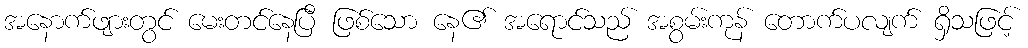
အနောက်ဖျားတွင် မေးတင်နေပြီ ဖြစ်သော နေ၏ အရောင်သည် အစွမ်းကုန် တောက်ပလျက် ရှိသဖြင့်